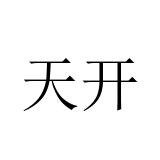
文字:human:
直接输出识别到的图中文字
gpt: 天开